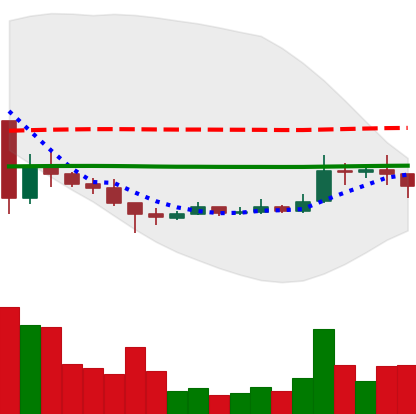
Ticker: XRP-USD
Chart end date: 2021-01-11
Forward return: -3.017%
Label: down_3_5